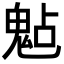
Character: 𩲦